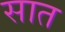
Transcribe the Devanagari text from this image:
सात